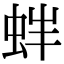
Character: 𧉳